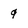
Character: 9